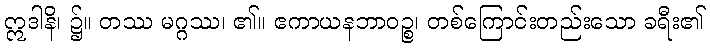
ဣဒါနိ၊ ၌။ တဿ မဂ္ဂဿ၊ ၏။ ဧကာယနဘာဝဉ္စ၊ တစ်ကြောင်းတည်းသော ခရီး၏